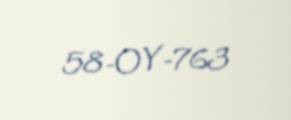
58-OY-763